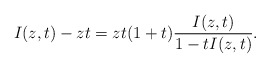
\begin{align*}I(z, t) - zt = zt(1 + t) \frac{I(z,t)}{ 1- tI(z,t)}.\end{align*}